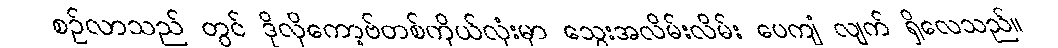
စဉ်လာသည် တွင် ဒိုလိုကော့ဗ်တစ်ကိုယ်လုံးမှာ သွေးအလိမ်းလိမ်း ပေကျံ လျက် ရှိလေသည်။